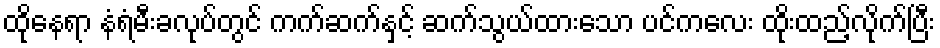
ထိုနေရာ နံရံမီးခလုပ်တွင် ကက်ဆက်နှင့် ဆက်သွယ်ထားသော ပင်ကလေး ထိုးထည့်လိုက်ပြီး